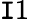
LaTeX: \mathtt{I}1